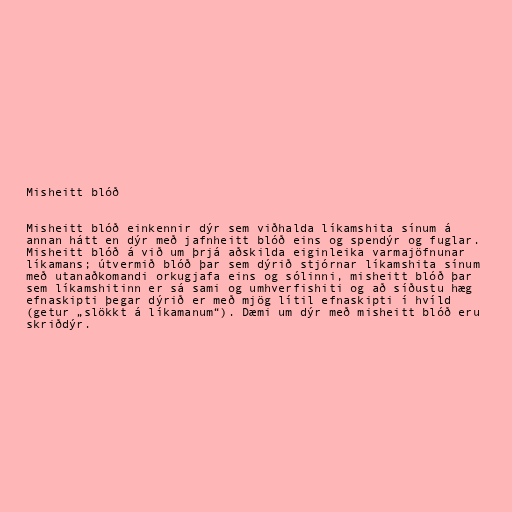
Misheitt blóð

Misheitt blóð einkennir dýr sem viðhalda líkamshita sínum á
annan hátt en dýr með jafnheitt blóð eins og spendýr og fuglar.
Misheitt blóð á við um þrjá aðskilda eiginleika varmajöfnunar
líkamans; útvermið blóð þar sem dýrið stjórnar líkamshita sínum
með utanaðkomandi orkugjafa eins og sólinni, misheitt blóð þar
sem líkamshitinn er sá sami og umhverfishiti og að síðustu hæg
efnaskipti þegar dýrið er með mjög lítil efnaskipti í hvíld
(getur „slökkt á líkamanum“). Dæmi um dýr með misheitt blóð eru
skriðdýr.